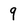
Character: 9